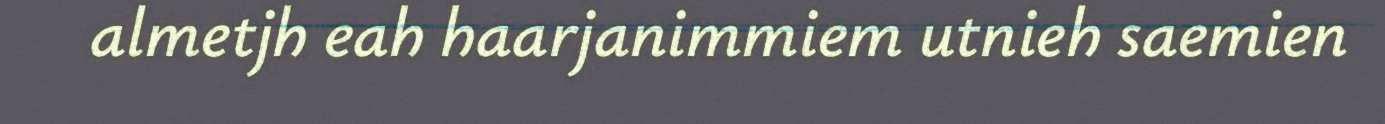
almetjh eah haarjanimmiem utnieh saemien